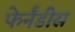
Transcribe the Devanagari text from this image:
फेर्नंडीस